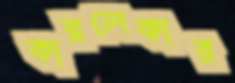
কারলেকার